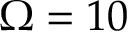
\Omega = 1 0